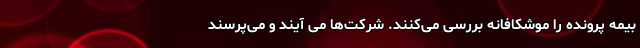
بیمه پرونده را موشکافانه بررسی می‌کنند. شرکت‌ها می‌ آیند و می‌پرسند